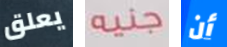
يعلق جنيه أن